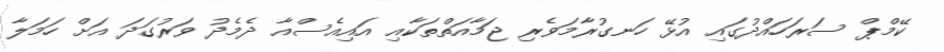
ކޭމްޕް ސަރަހައްދުގައި އުޅޭ ހަނގުރާމަވެރި ޖަމާއަތްތަކާއި އައިއެސްއާ ދެމެދު ވަރުގަދަ އަށް ހަމަލާ